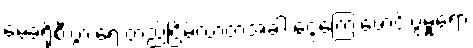
မေခရိုစီးပွားရေးတည်ငြိမ်လာတဲ့အခါ ငွေကြေးဖောင်းပွမှုရော